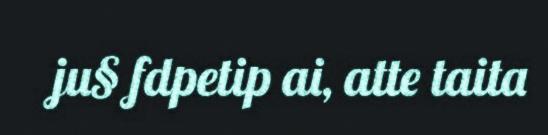
ju§ fdpetip ai, atte taita